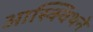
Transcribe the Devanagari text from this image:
आस्क्विथने